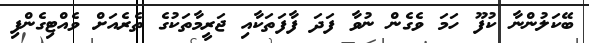
ބޭކަލުންނާ ކުފޫ ހަމަ ވެގެން ނުވާ ފަދަ ފާފަތަކާއި ޖަރީމާތަކުގެ ތެރެއަށް ވެއްޓިގެންފި